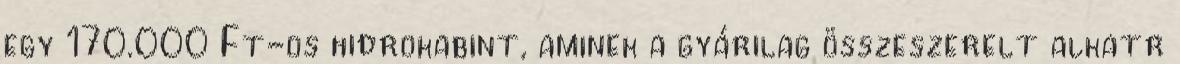
egy 170.000 Ft-os hidrokabint, aminek a gyárilag összeszerelt alkatr